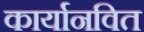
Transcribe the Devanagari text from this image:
कार्यानवित